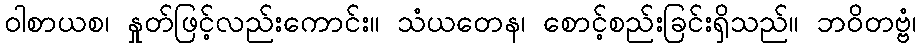
ဝါစာယစ၊ နှုတ်ဖြင့်လည်းကောင်း။ သံယတေန၊ စောင့်စည်းခြင်းရှိသည်။ ဘဝိတဗ္ဗံ၊